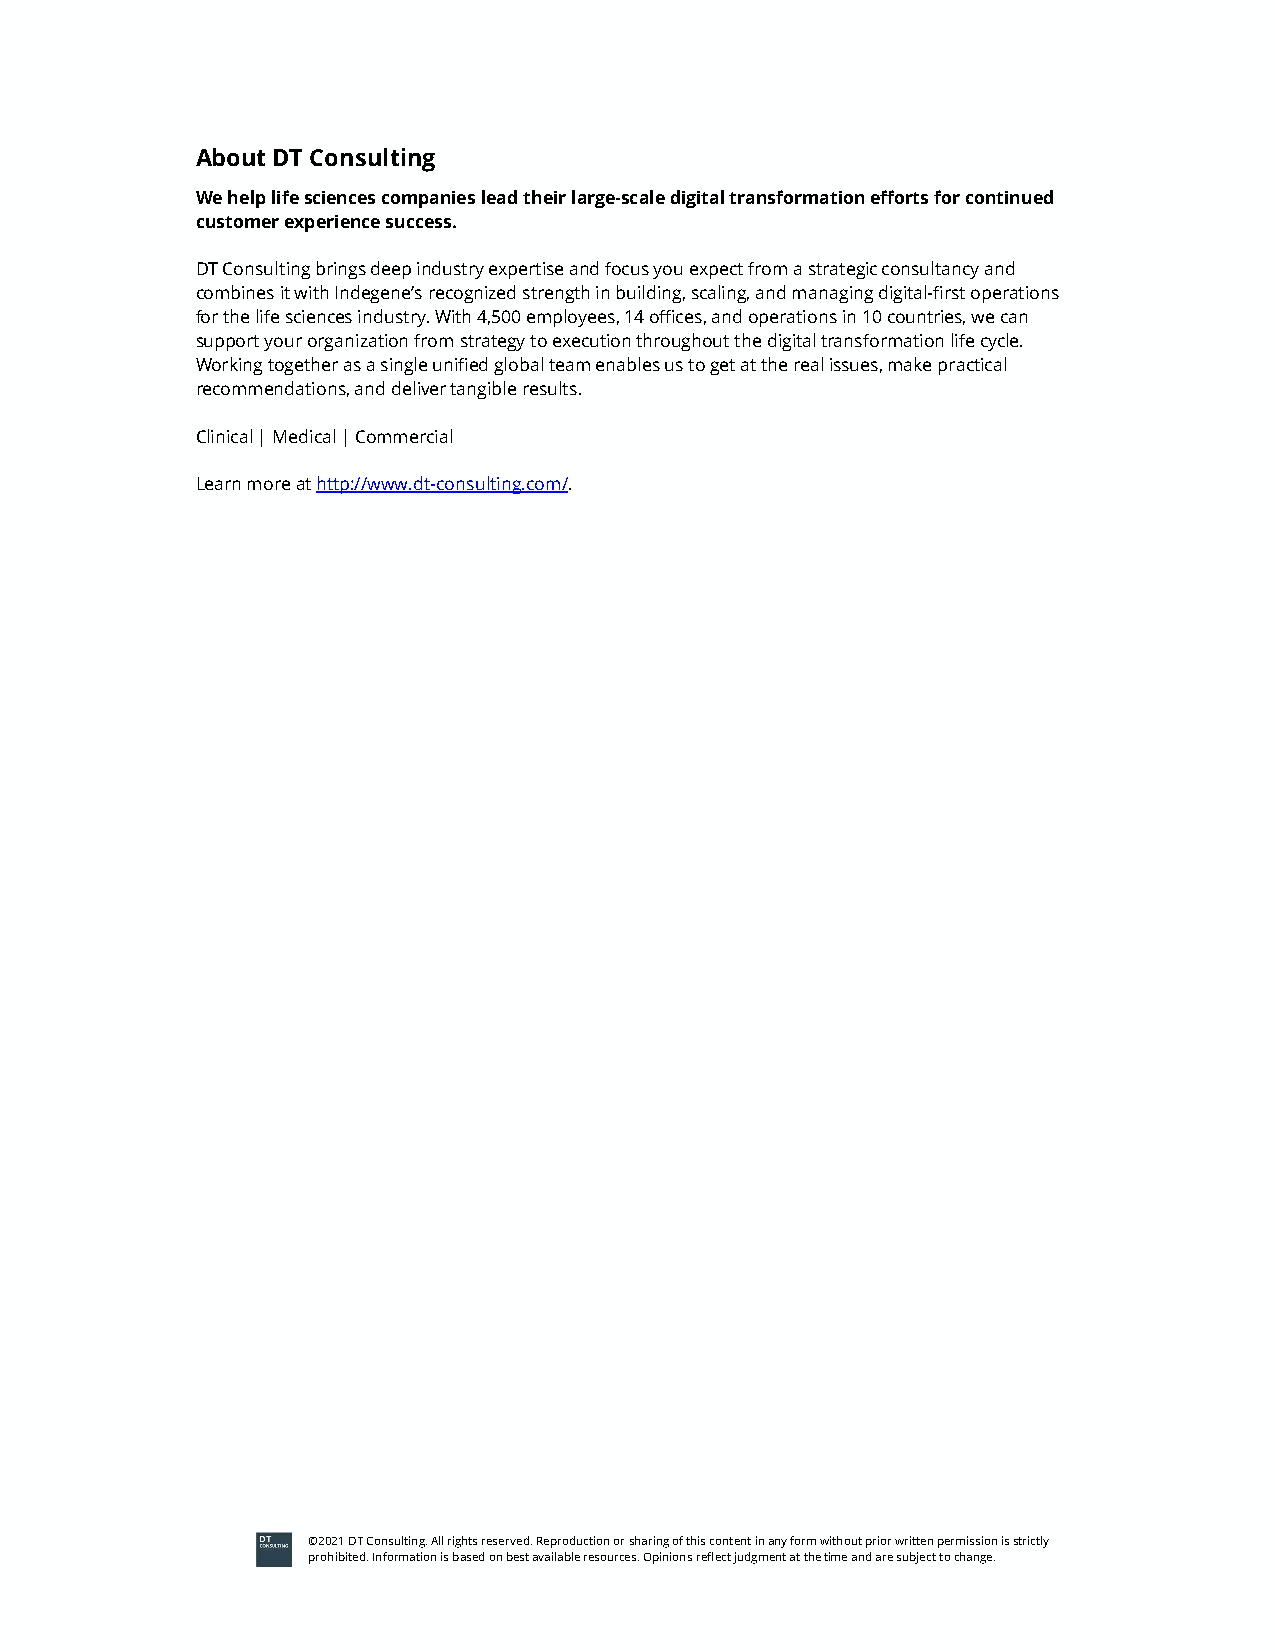
About DT Consulting
 We help life sciences companies lead their large-scale digital transformation efforts for continued
 customer experience success.
 DT Consulting brings deep industry expertise and focus you expect from a strategic consultancy and
 combines it with Indegene’s recognized strength in building, scaling, and managing digital-first operations
 for the life sciences industry. With 4,500 employees, 14 offices, and operations in 10 countries, we can
 support your organization from strategy to execution throughout the digital transformation life cycle.
 Working together as a single unified global team enables us to get at the real issues, make practical
 recommendations, and deliver tangible results.
 Clinical | Medical | Commercial
 Learn more at http://www.dt-consulting.com/.
 ©2021 DT Consulting. All rights reserved. Reproduction or sharing of this content in any form without prior written permission is strictly
 prohibited. Information is based on best available resources. Opinions reflect judgment at the time and are subject to change.